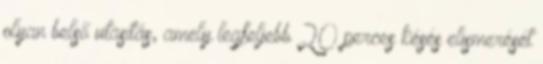
olyan belső utasítás, amely legfeljebb 20 perces késés elismerését